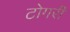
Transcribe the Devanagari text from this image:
टोगरी